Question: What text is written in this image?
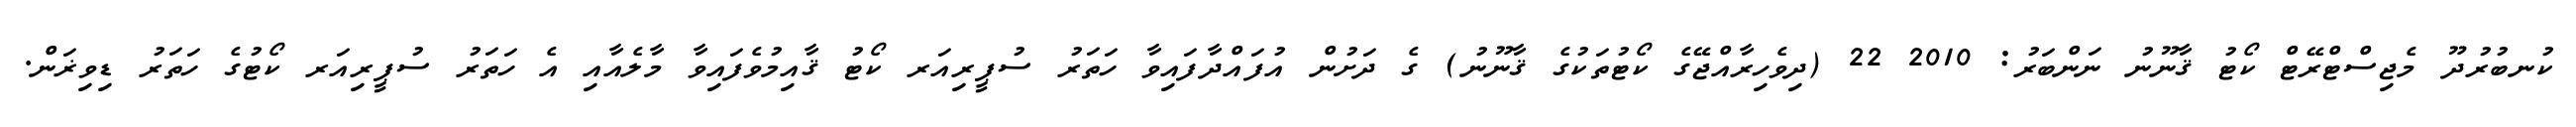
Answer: ކުނބުރުދޫ މެޖިސްޓްރޭޓް ކޯޓު ޤާނޫނު ނަންބަރު: 2010 22 (ދިވެހިރާއްޖޭގެ ކޯޓުތަކުގެ ޤާނޫނު) ގެ ދަށުން އުފައްދާފައިވާ ހަތަރު ސުޕީރިއަރ ކޯޓު ޤާއިމުވެފައިވާ މާލެއާއި އެ ހަތަރު ސުޕީރިއަރ ކޯޓުގެ ހަތަރު ޑިވިޜަން.